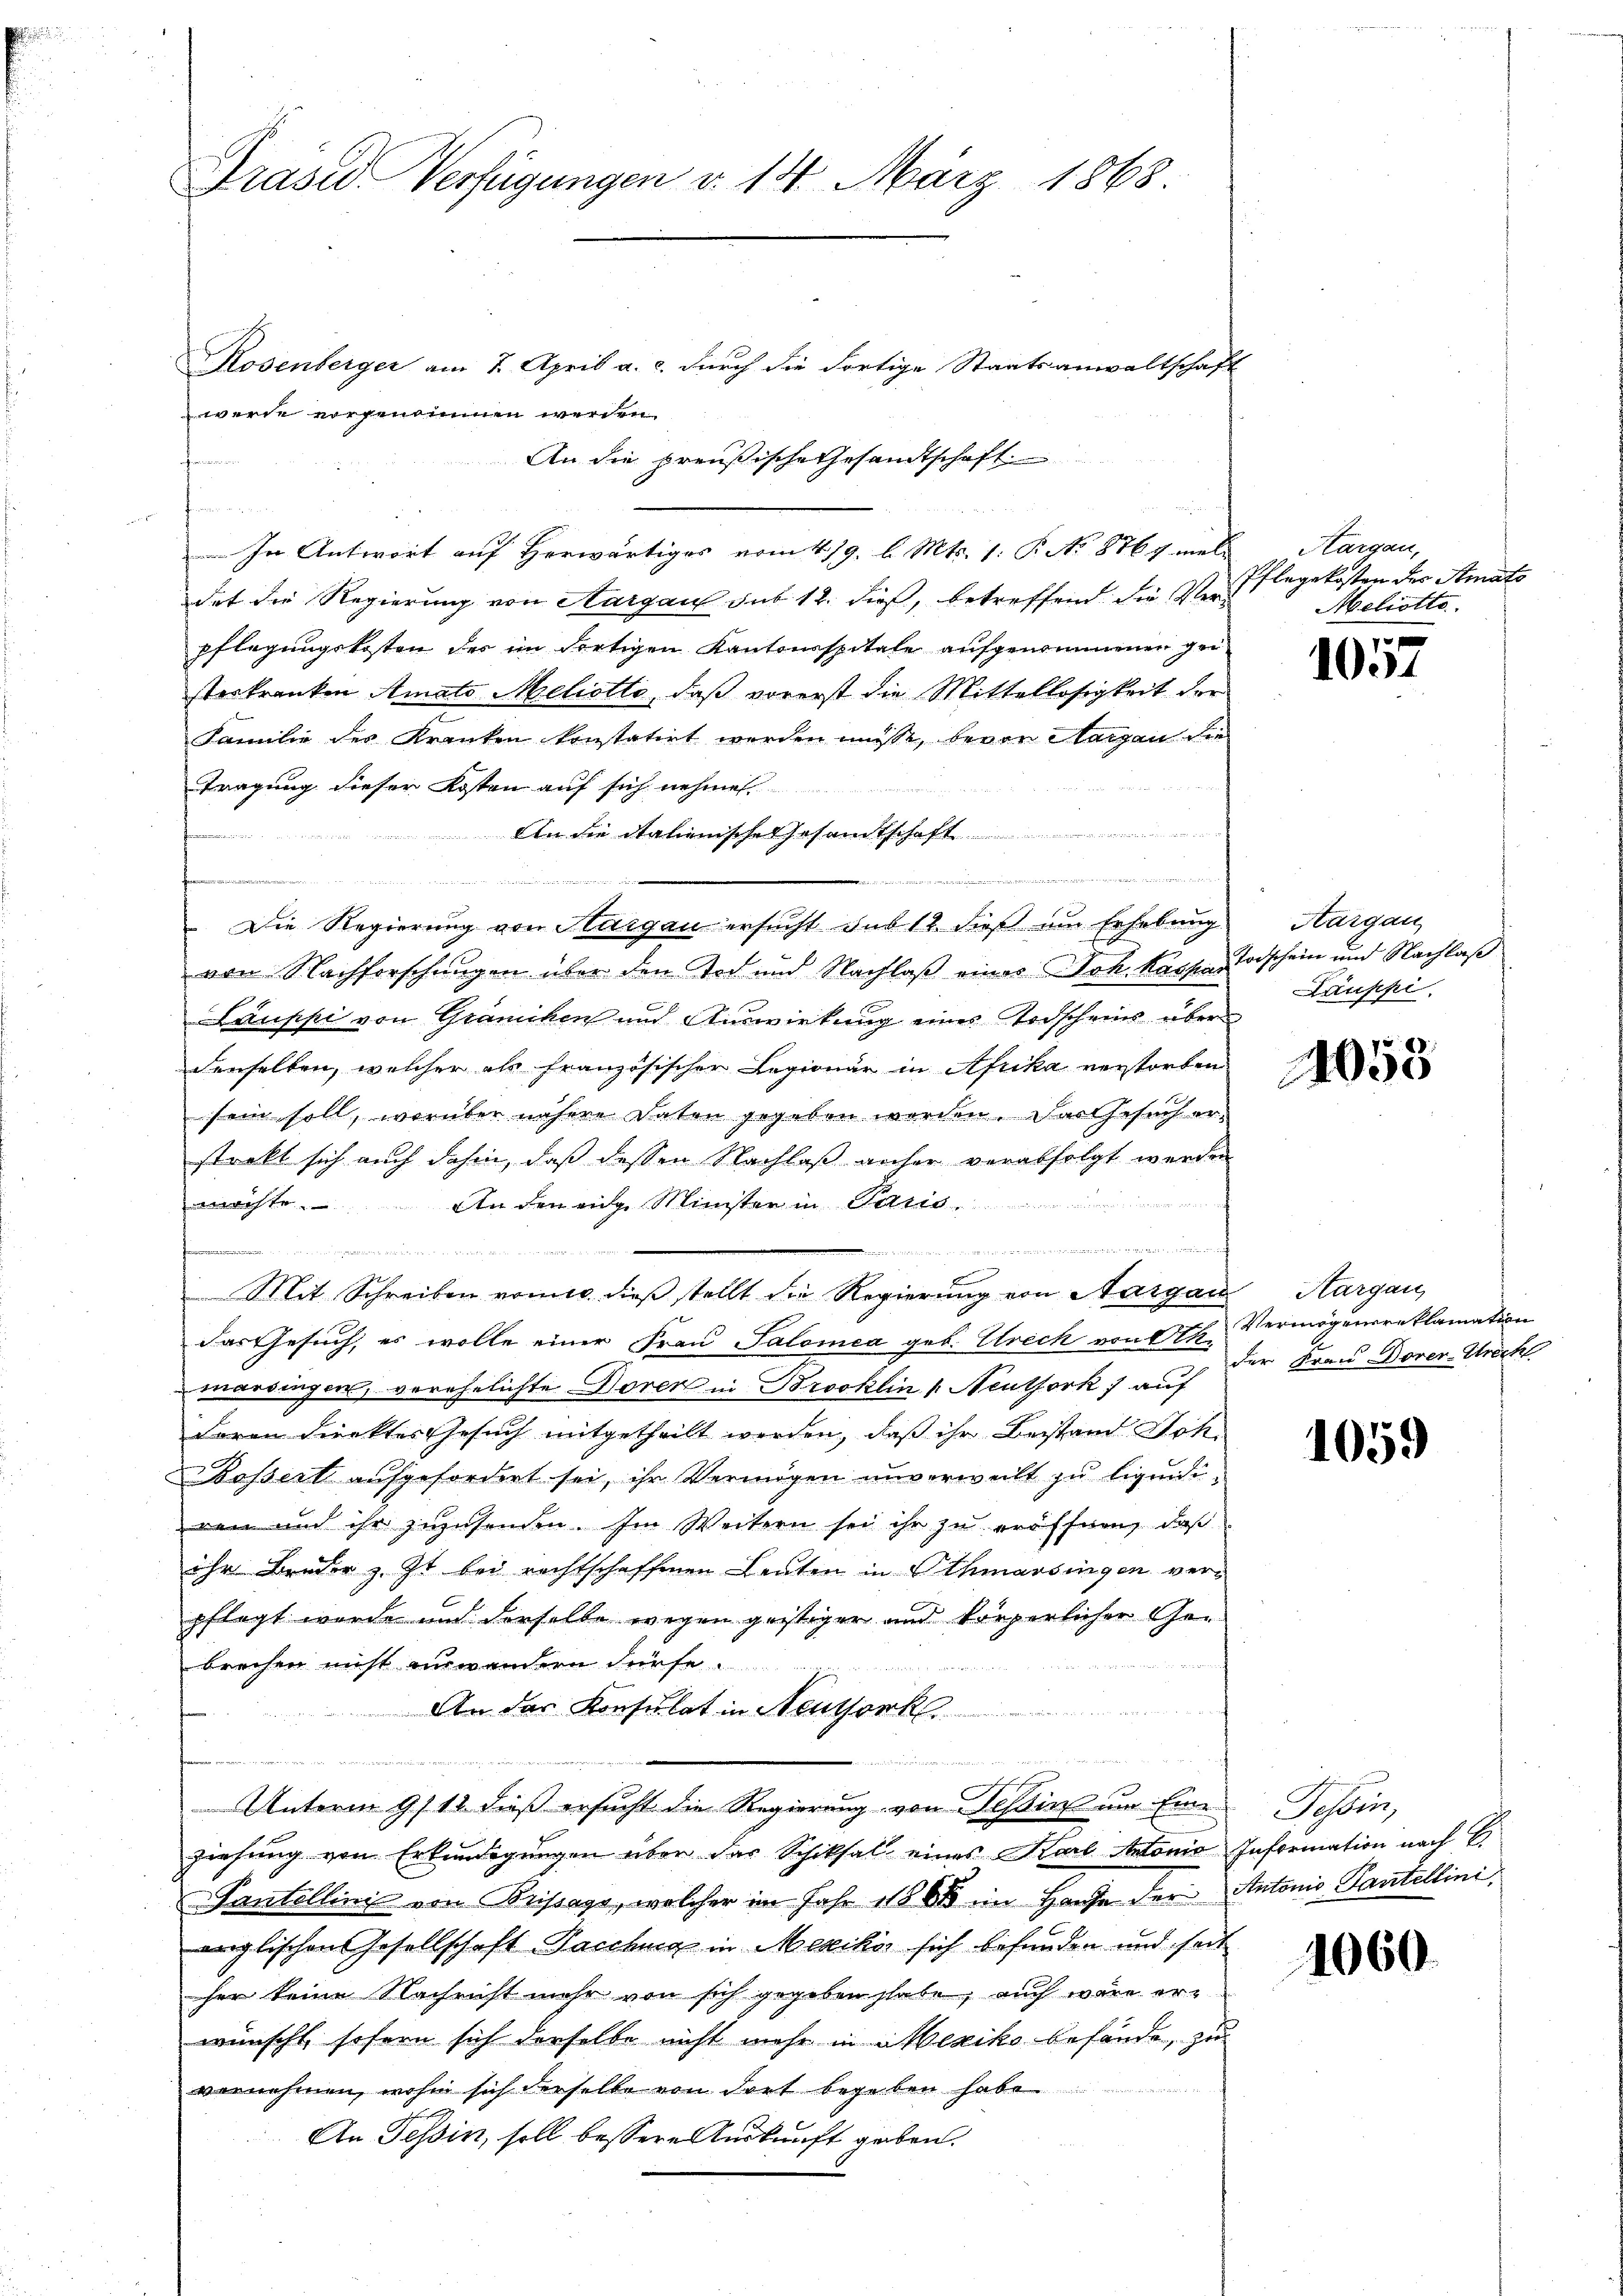
Rosenberger am 7. April a. c. durch die dortige Staatsanwaltschaft
An die preußische Gesandtschaft.

In Antwort auf Herwärtiges vom 4/9. l. Mts. 1. P. No 8764 mal
det die Regierung von Aargau sub 12. dieß, betreffend die Verpflegungskosten des im dortigen Kantonsspitale aufgenommenen geisterkranken Amato Meliotto, daß vorerst die Mittellosigkeit der
Familie des Kranken konstatirt werden müsse, bevor Margau die
Tragung dieser Kosten auf sich nehmen
An die italienisches Gesamtschaft

Die Regierung von Aargau ersucht das 12 dieß um Erhebung
von Nachforschungen über den Tod und Nachlaß eines Joh. Kasses Todschein und Nachlaß
Lauppi von Gräncken und Auswirkung eines Todscheins über
denselben, welcher als französischer Legionär in Afrika verstorben
sein soll, worüber nähere Daten gegeben werden. Das Gesuch erstrakt sich auch dahin, daß dessen Nachlaß anher verabfolgt werden
möchte. An den eige Minister in Paris

Mit Schreiben vomit dieß stellt die Regierung von Aargau
das Gesuch, es wolle einer Frau Salomea geb. Utreck von Akmarsingen, verehelichte Doren in Brooklin & Neuthork) auf
doren dienktes Gesuch mitgetheilt werden, daß ihr Bestand Joh.
össert aufgefordert sei, ihr Vermögen unverweilt zu liquidiren und ihr zuzusenden. Im Weitern sei ihr zu eröffnen, daß
ihr Bruder z. Zt. bei rechtschaffenen Leuten in Othmarsingen verpflegt wurde und derselbe wegen geistiger und körperlicher Gebrechen nicht einwandern dürfe.

An das Konsulat in Neuthork
Unterm 9/12. dieß ersucht die Regierung von Tessin um Eine
ziehung von Erkundigungen über das Schiksal eines Karl Antonia Information nach E
Tantellinis von Brissage, welcher im Jahr 11868 im Hause der Antonio Santellini,
englischens Gesellschaft Paschung in Mexikos sich befunden und seit
her keine Nachricht mehr von sich gegeben stabe, auch wäre erwünscht, sofern sich derselbe nicht mehr in Mexiko befände, zu
vornehmen, wohin sich derselbe von dort begeben habe
An Tessin, soll bessere Auskunft geben.

Präses Verfügungen v. 14. März 1868

werde vorgenommen werden.

Kargau,
Pflegekosten des Staats
Meliotto.

1057

Aargau
Lauppi

4058

Aargau,
Vermögensreklamation
der Frau Dorer-Strech

1059

Schlus

1060.